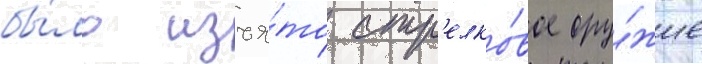
бы́ло изъя́то стр'елко́вое ору́жие